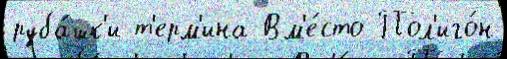
руба́шк'и т'ерм'ина Вм'е́сто Пол'иго́н